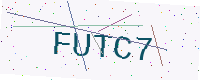
Text: FUTC7